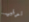
تدقيق